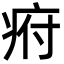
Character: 㾈